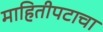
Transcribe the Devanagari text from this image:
माहितीपटाचा